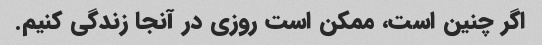
اگر چنین است، ممکن است روزی در آنجا زندگی کنیم.